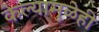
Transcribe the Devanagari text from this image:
केल्यामुळेही